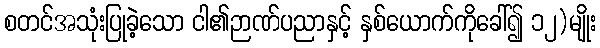
စတင်အသုံးပြုခဲ့သော ငါ၏ဉာဏ်ပညာနှင့် နှစ်ယောက်ကိုခေါ်၍ ၁၂)မျိုး